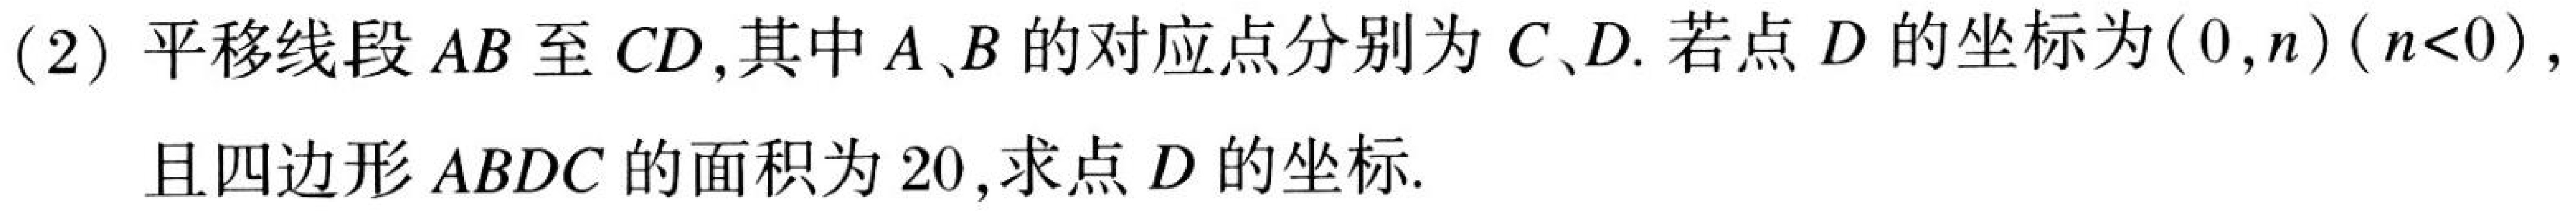
(2) 平移线段\(AB\)至\(CD\),其中\(A、B\)的对应点分别为\(C、D\). 若点\(D\)的坐标为\((0,n)(n<0)\),且四边形\(ABDC\)的面积为\(20\),求点\(D\)的坐标.